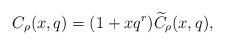
LaTeX: \begin{align*}C_{\rho}(x,q)=(1+xq^{r})\widetilde{C}_{\rho}(x,q),\end{align*}